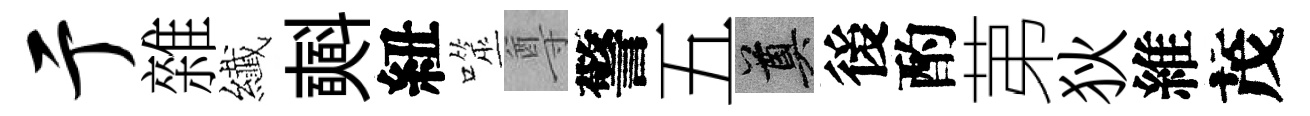
亍雜纎𣂏紐噬尊警五奠後酌苐狄維茂